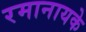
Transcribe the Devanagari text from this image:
रमानायके